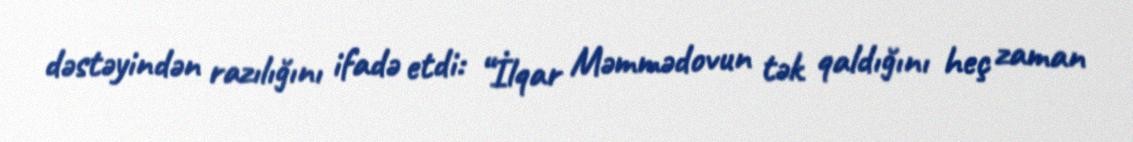
dəstəyindən razılığını ifadə etdi: “İlqar Məmmədovun tək qaldığını heç zaman